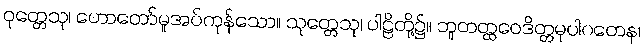
ဝုတ္တေသု၊ ဟောတော်မူအပ်ကုန်သော။ သုတ္တေသု၊ ပါဠိတို့၌။ ဘူတတ္ထဝေဒိတ္တမုပါဂတေန၊